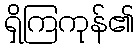
ရှိကြကုန်၏